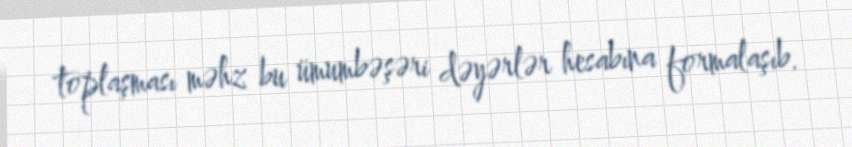
toplaşması məhz bu ümumbəşəri dəyərlər hesabına formalaşıb.